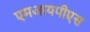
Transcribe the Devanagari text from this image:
एमआयपीएस